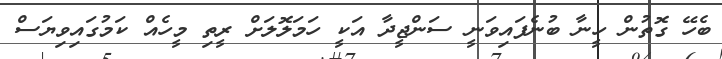
ބެހޭ ގޮތުން ހީނާ ބުނެފައިވަނީ ސަންޖީދާ އަކީ ހަމަލޮލަށް ރީތި މީހެއް ކަމުގައިވިޔަސް